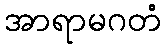
အာရာမဂတံ